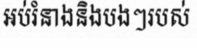
អប់រំនាងនិងបងៗរបស់